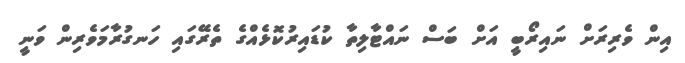
އިން ވެރިރަށް ނައިރޯބީ އަށް ބަސް ނައްޓާލިތާ ކުޑައިރުކޮޅެއްގެ ތެރޭގައި ހަނގުރާމަވެރިން ވަނީ